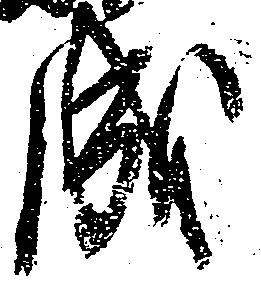
成